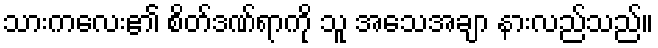
သားကလေး၏ စိတ်ဒဏ်ရာကို သူ အသေအချာ နားလည်သည်။